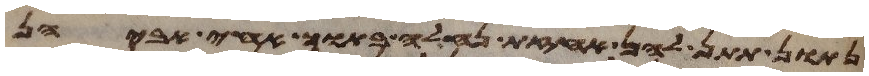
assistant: נתן תתן להן אחזת נחלה בתוך אחי אביהן